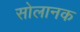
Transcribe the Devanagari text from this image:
सोलानक